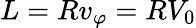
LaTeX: L=Rv_{\varphi}=RV_{0}